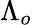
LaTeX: \Lambda_{o}